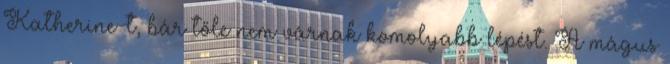
Katherine-t, bár tőle nem várnak komolyabb lépést. A mágus